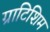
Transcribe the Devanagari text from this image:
ग्राटिशिम